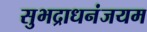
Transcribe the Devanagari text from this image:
सुभद्राधनंजयम